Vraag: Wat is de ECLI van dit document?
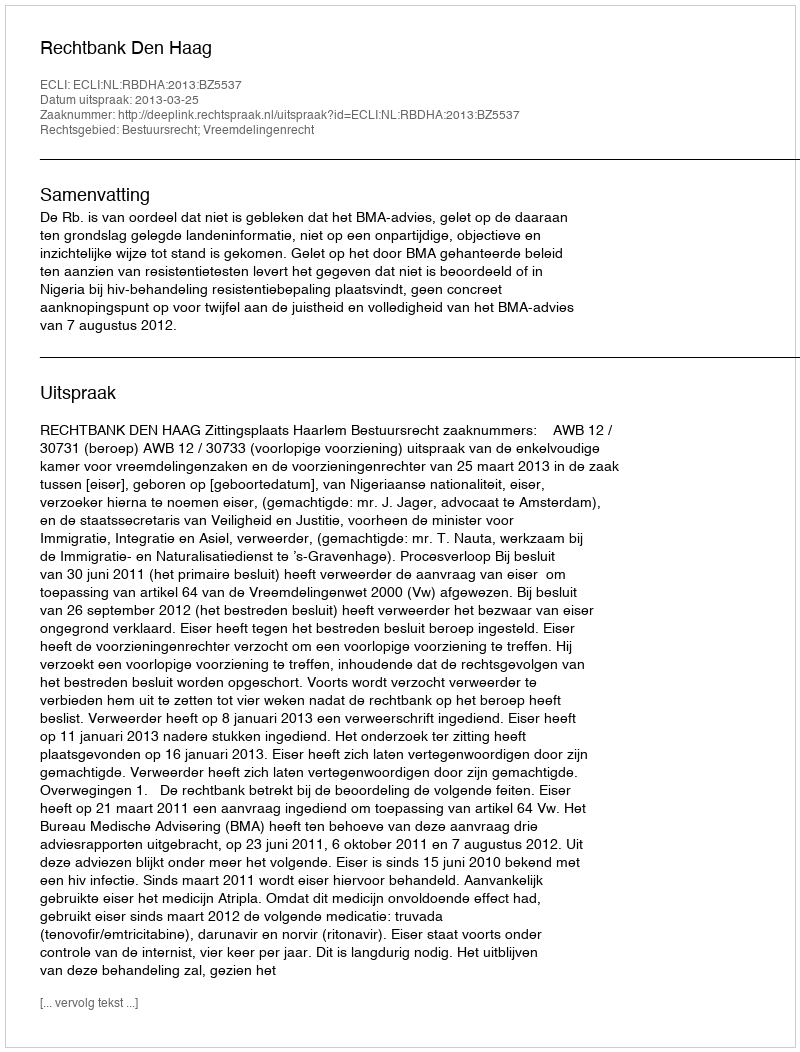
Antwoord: ECLI:NL:RBDHA:2013:BZ5537